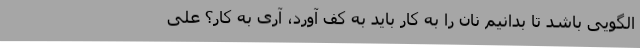
الگویی باشد تا بدانیم نان را به کار باید به کف آورد، آری به کار؟ علی